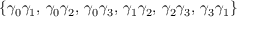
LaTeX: \{ \gamma _ { 0 } \gamma _ { 1 } , \, \gamma _ { 0 } \gamma _ { 2 } , \, \gamma _ { 0 } \gamma _ { 3 } , \, \gamma _ { 1 } \gamma _ { 2 } , \, \gamma _ { 2 } \gamma _ { 3 } , \, \gamma _ { 3 } \gamma _ { 1 } \}